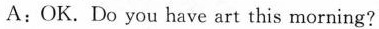
A:OK. Do you have art this morning?